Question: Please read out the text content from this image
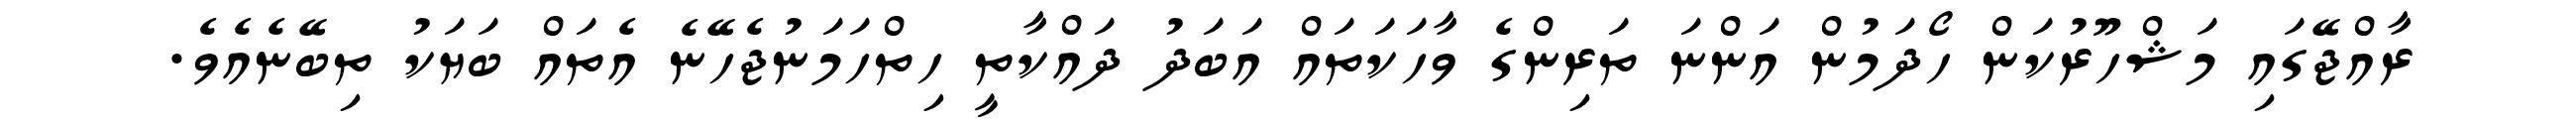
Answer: ރާއްޖޭގައި މަޝްހޫރުކަން ހޯދަމުން އަންނަ ތަރިންގެ ވާހަކަތައް އަބަދު ދައްކާތީ ހިތްހަމަނުޖެހޭނެ އެތައް ބަޔަކު ތިބޭނެއެވެ.